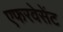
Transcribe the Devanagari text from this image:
एफरवेसेंट